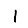
Digit: 1